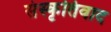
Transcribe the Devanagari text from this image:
संस्कृतिवाद